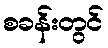
စခန်းတွင်